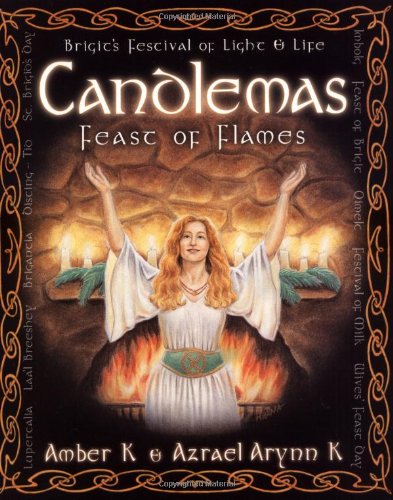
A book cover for Candlemas: Feast of Flames (Holiday Series); Azrael Arynn K; Religion & Spirituality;